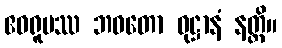
ဧဝရူပဿ ဘဝတော ဝုဋ္ဌာနံ နတ္ထိ။